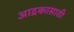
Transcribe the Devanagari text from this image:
आद्रकासाठी